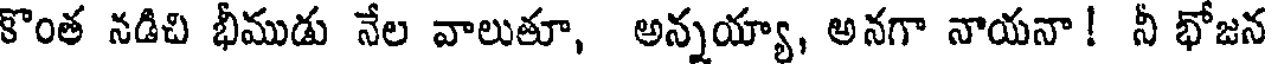
కొంత నడిచి భీముడు నేల వాలుతూ, అన్నయ్యా, అనగా నాయనా! నీ భోజన